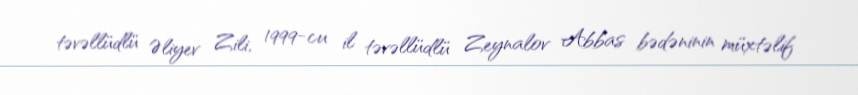
təvəllüdlü Əliyev Zili, 1999-cu il təvəllüdlü Zeynalov Abbas bədəninin müxtəlif